Document type: Sale
Year: 1274
Scribe: [Unknown]
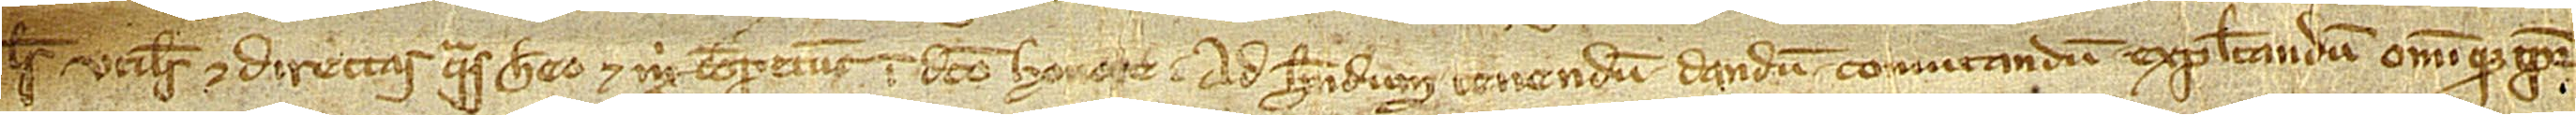
les, utiles et directas quas habeo et mihi competunt in dicto honore, ad habendum, tenendum, dandum, comutandum, expletandum omnique tempore